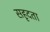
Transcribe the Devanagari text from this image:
सहृदता